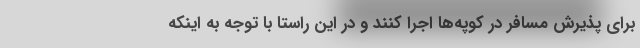
برای پذیرش مسافر در کوپه‌ها اجرا کنند و در این راستا با توجه به اینکه